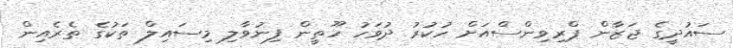
ސައުދީގެ ޖަޒާން ޕްރިވިންސްއަށް ހުކުރު ދުވަހު ހޫތީން ފިނުވާލި މިސައިލް ތަކުގެ ތެރެއިން